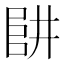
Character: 𠁲